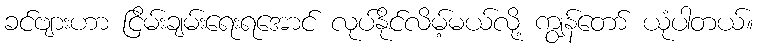
ခင်ဗျားဟာ ငြိမ်းချမ်းရေးရအောင် လုပ်နိုင်လိမ့်မယ်လို့ ကျွန်တော် ယုံပါတယ်။